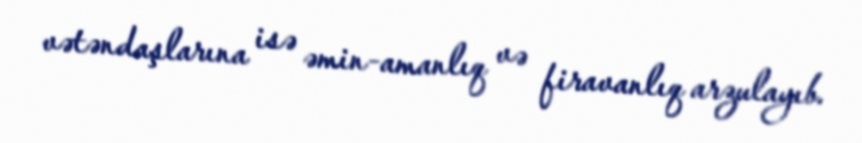
vətəndaşlarına isə əmin-amanlıq və firavanlıq arzulayıb.